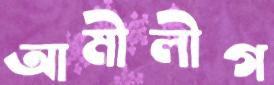
আমীলীগ